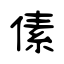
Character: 傃